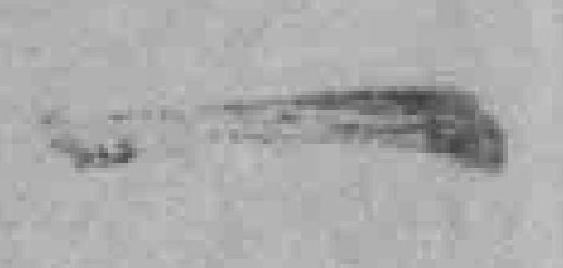
一